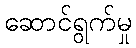
ဆောင်ရွက်မှု